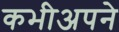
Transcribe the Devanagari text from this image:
कभीअपने